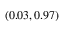
( 0 . 0 3 , 0 . 9 7 )